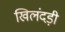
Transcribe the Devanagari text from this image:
खिलंदड़ी